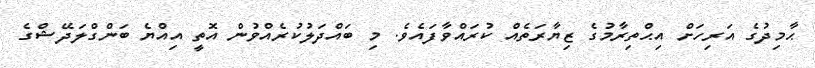
ޙާމިދުގެ އަރިހަށް އިޙްތިރާމުގެ ޒިޔާރަތެއް ކުރައްވާފައެވެ. މި ބައްދަލުކުރެއްވުން އޮތީ އިއްޔެ ބަންގްލަދޭޝްގެ